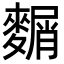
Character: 𪍛